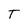
Character: T